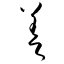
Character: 差